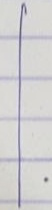
|